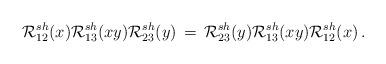
LaTeX: \begin{align*}{\cal R}^{sh}_{12}(x){\cal R}^{sh}_{13}(xy){\cal R}^{sh}_{23}(y)\,=\,{\cal R}^{sh}_{23}(y){\cal R}^{sh}_{13}(xy){\cal R}^{sh}_{12}(x)\,.\end{align*}